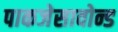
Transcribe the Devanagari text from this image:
पाकजेसावोन्ड